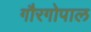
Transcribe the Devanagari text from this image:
गौरगोपाल